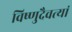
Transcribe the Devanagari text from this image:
विष्णुदैवत्यां